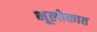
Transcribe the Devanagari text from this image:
भूलोकात